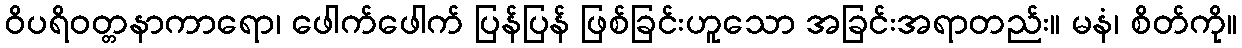
ဝိပရိဝတ္တနာကာရော၊ ဖေါက်ဖေါက် ပြန်ပြန် ဖြစ်ခြင်းဟူသော အခြင်းအရာတည်း။ မနံ၊ စိတ်ကို။